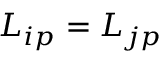
{ \cal L } _ { i p } = { \cal L } _ { j p }